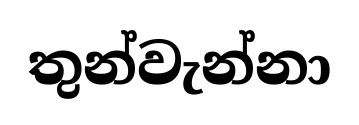
තුන්වැන්නා